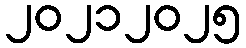
၂၀၂၁၂၀၂၅